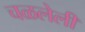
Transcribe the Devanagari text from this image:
चळलेली